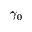
\gamma _ { 0 }